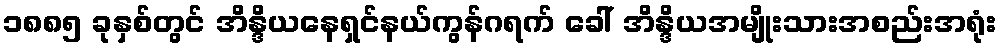
၁၈၈၅ ခုနှစ်တွင် အိန္ဒိယနေရှင်နယ်ကွန်ဂရက် ခေါ် အိန္ဒိယအမျိုးသားအစည်းအရုံး